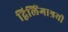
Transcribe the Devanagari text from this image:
द्विलिंगाश्रयी